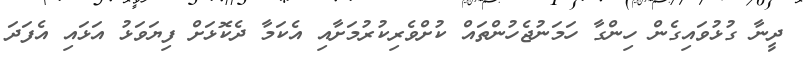
ދީނާ ގުޅުވައިގެން ހިންގާ ހަމަނުޖެހުންތައް ކުށްވެރިކުރުމަށާއި އެކަމާ ދެކޮޅަށް ފިޔަވަޅު އަޅައި އެފަދަ